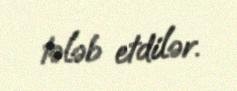
tələb etdilər.